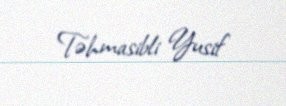
Təhmasibli Yusif